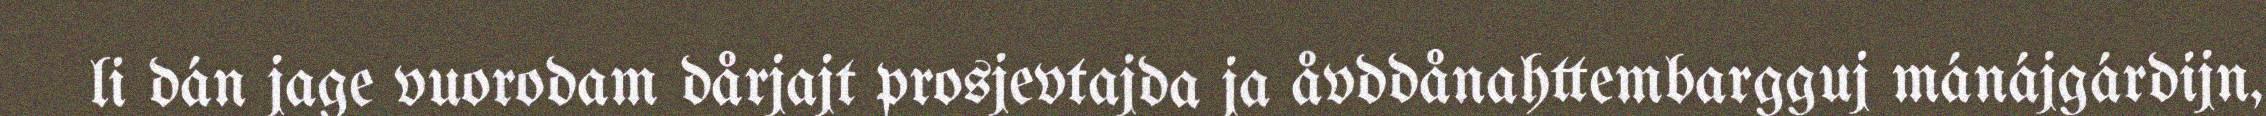
li dán jage vuorodam dårjajt prosjevtajda ja åvddånahttembargguj mánájgárdijn,